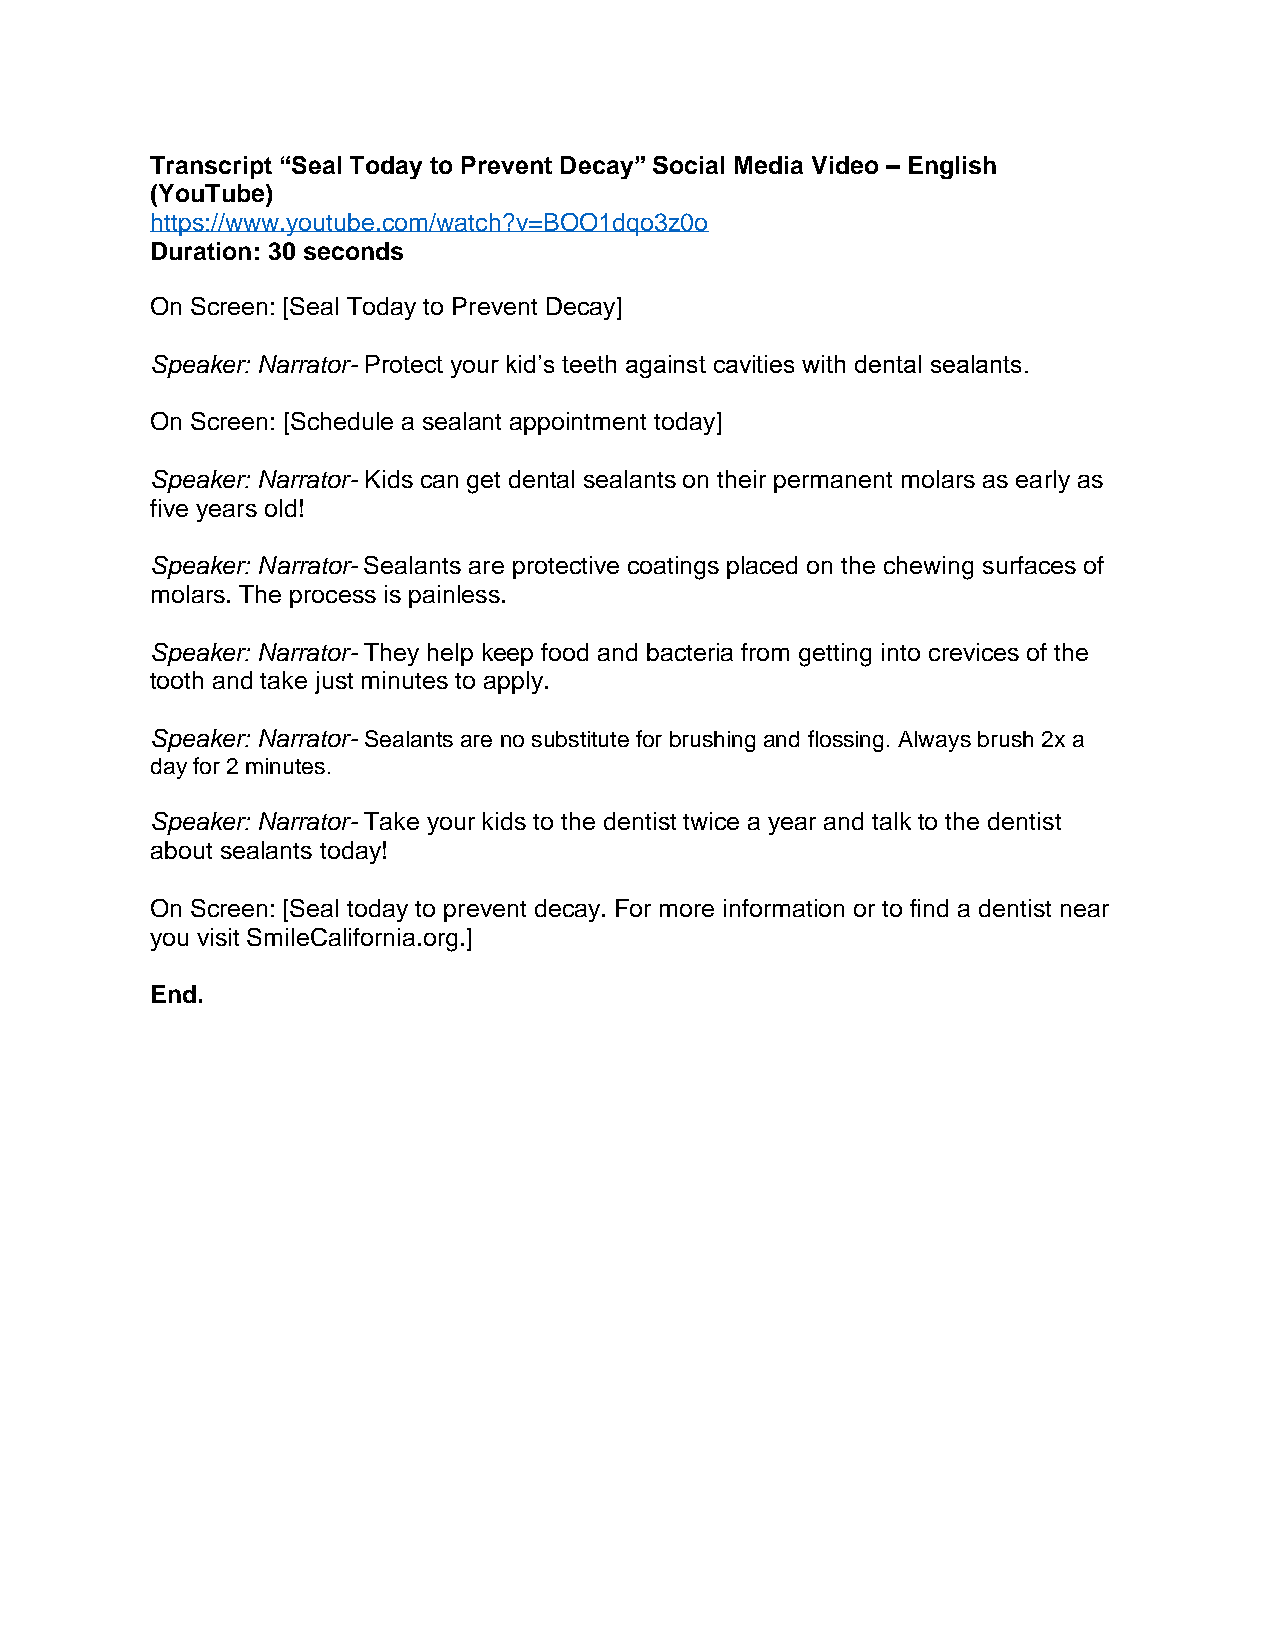
Transcript “Seal Today to Prevent Decay” Social Media Video – English
 (YouTube)
 https://www.youtube.com/watch?v=BOO1dqo3z0o
 Duration: 30 seconds
 On Screen: [Seal Today to Prevent Decay]
 Speaker: Narrator- Protect your kid’s teeth against cavities with dental sealants.
 On Screen: [Schedule a sealant appointment today]
 Speaker: Narrator- Kids can get dental sealants on their permanent molars as early as
 five years old!
 Speaker: Narrator- Sealants are protective coatings placed on the chewing surfaces of
 molars. The process is painless.
 Speaker: Narrator- They help keep food and bacteria from getting into crevices of the
 tooth and take just minutes to apply.
 Speaker: Narrator- Sealants are no substitute for brushing and flossing. Always brush 2x a
 day for 2 minutes.
 Speaker: Narrator- Take your kids to the dentist twice a year and talk to the dentist
 about sealants today!
 On Screen: [Seal today to prevent decay. For more information or to find a dentist near
 you visit SmileCalifornia.org.]
 End.